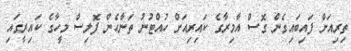
ތިރިއަށް ފައިބައިގެން ގޮސް އާމިރާގެ ކައިރިއަށް ހުއްޓުނު ތަނާހެން ފޮލިސް މީހާގެ ކައިރީގައި